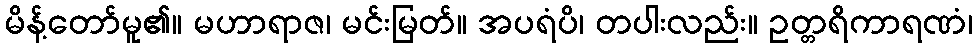
မိန့်တော်မူ၏။ မဟာရာဇ၊ မင်းမြတ်။ အပရံပိ၊ တပါးလည်း။ ဥတ္တရိကာရဏံ၊